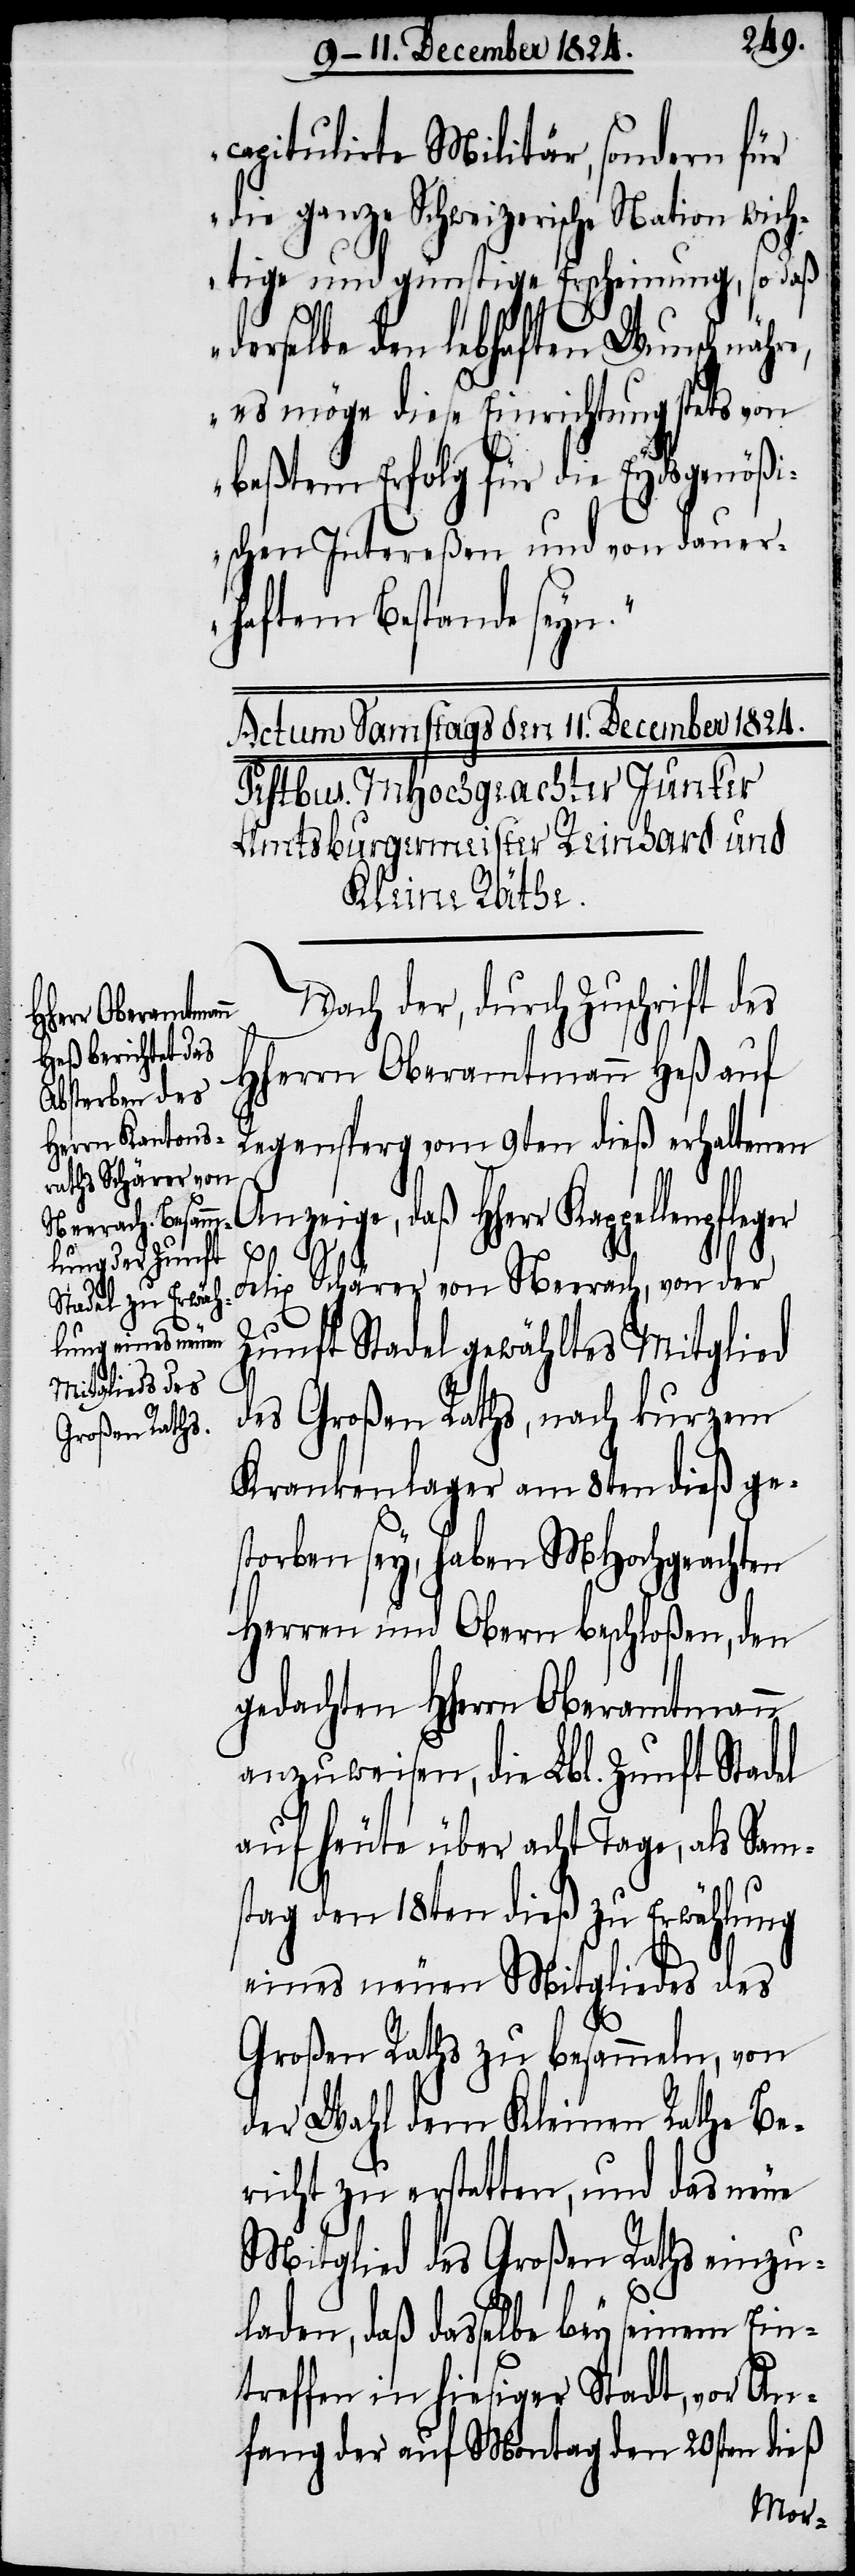
capitulirte Militär, sondern für
die ganze Schweizerische Nation wic¬
htige und günstige Erscheinung, so daß
derselbe den lebhaften Wunsch
es möge diese Einrichtung stets von
beßtem Erfolg für die Eydsgenößi¬
schen Intereßen und von dauer¬
haftem Bestande seyn.“
der, durch Zuschrift des
HHerrn Oberamtmann Heß auf
Regensperg vom 9ten dieß erhaltenen
Felix Schärer von Neerach, von der
Zunft Stadel gewähltes Mitglied
des großen Raths, nach kurzem
Krankenlager am 8ten dieß ge¬
storben sey, haben MHochgeachten
Herren und Obern beschloßen, den
gedachten HHerrn Oberamtmann
anzuweisen, die Lbl. Zunft Stadel
auf heute über acht Tage, als Sam¬
stag den 18ten dieß zu Erwählung
eines neuen Mitgliedes des
Großen Raths zu besammeln, von
der Wahl dem Kleinen Rathe Be¬
richt zu erstatten, und das neue
Mitglied des Großen Raths einzu¬
laden, daß dasselbe bey seinem Ein¬
treffen in hiesiger Stadt, vor An¬
fang der auf Montag dem 20sten dieß